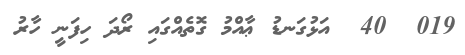
019  40  އަޅުގަނޑު ޢާއްމު ގޮތެއްގައި ރޯދަ ހިފަނީ ހާރު